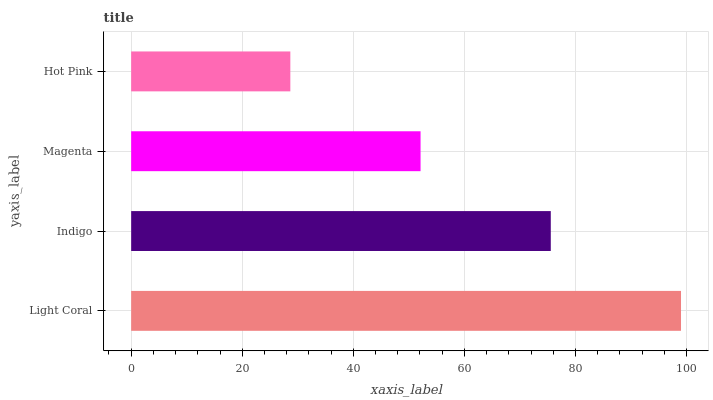
| yaxis_label | bars |
 | --- | --- |
 | Light Coral | 99 |
 | Indigo | 75.6 |
 | Magenta | 52.1 |
 | Hot Pink | 28.7 |